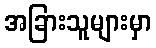
အခြားသူများမှာ